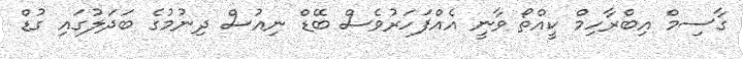
ގާސިމް އިބްރާހިމް ކީއްތޯ ވާނީ އެއްފަހަރުވެސް ބޭޑް ނިއުސް ދިނުމުގެ ބަދަލުގައި ގުޑް